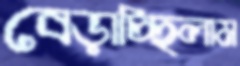
বেড়াচ্ছিলাম